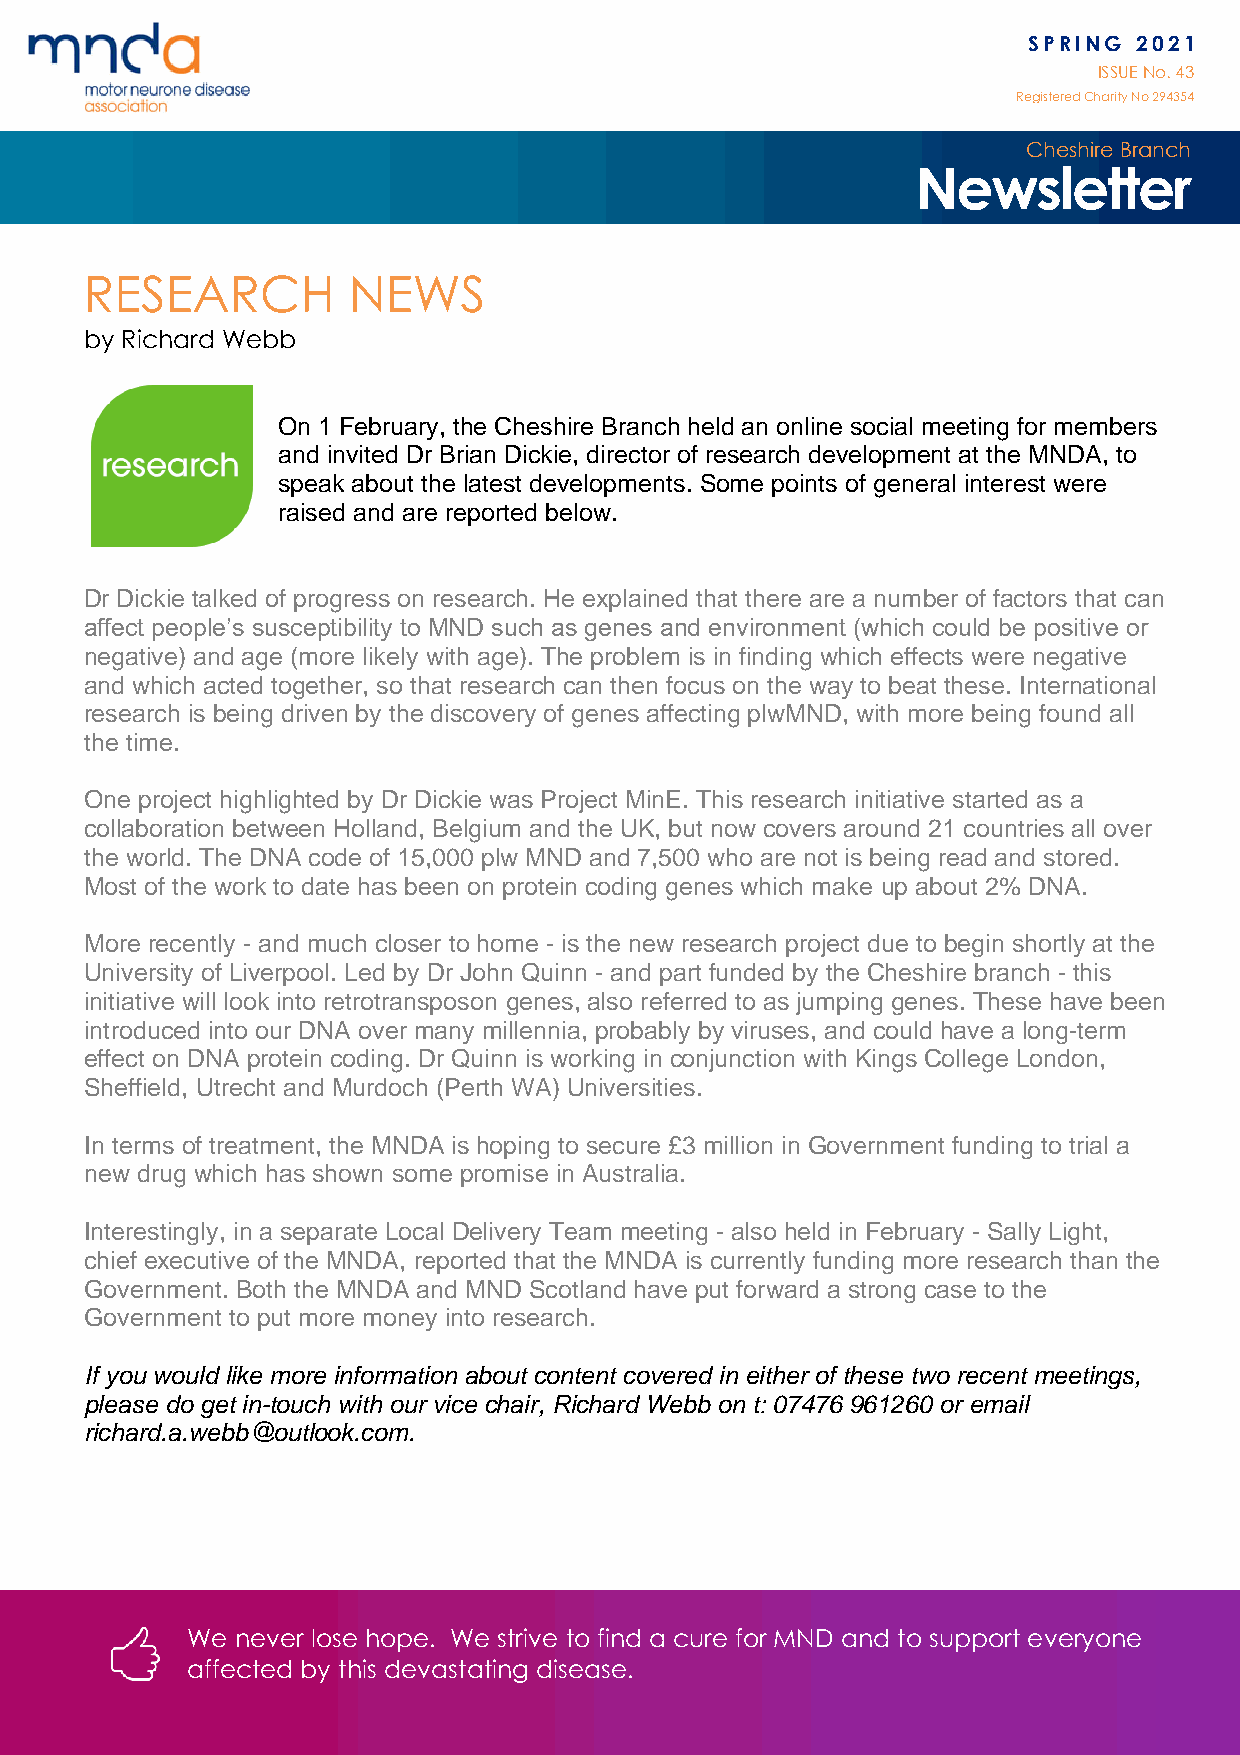
SPRING 2021
 ISSUE No. 43
 Registered Charity No 294 354
 Cheshire Branch
 Newsletter
 RESEARCH         NEWS
 by Richard Webb
 On 1 February, the Cheshire Branch held an online social meeting for members
 and invited Dr Brian Dickie, director of research development at the MNDA, to
 speak about the latest developments. Some points of general interest were
 raised and are reported below.
 Dr Dickie talked of progress on research. He explained that there are a number of factors that can
 affect people’s susceptibility to MND such as genes and environment (which could be positive or
 negative) and age (more likely with age). The problem is in finding which effects were negative
 and which acted together, so that research can then focus on the way to beat these. International
 research is being driven by the discovery of genes affecting plwMND, with more being found all
 the time.
 One project highlighted by Dr Dickie was Project MinE. This research initiative started as a
 collaboration between Holland, Belgium and the UK, but now covers around 21 countries all over
 the world. The DNA code of 15,000 plw MND and 7,500 who are not is being read and stored.
 Most of the work to date has been on protein coding genes which make up about 2% DNA.
 More recently - and much closer to home - is the new research project due to begin shortly at the
 University of Liverpool. Led by Dr John Quinn - and part funded by the Cheshire branch - this
 initiative will look into retrotransposon genes, also referred to as jumping genes. These have been
 introduced into our DNA over many millennia, probably by viruses, and could have a long-term
 effect on DNA protein coding. Dr Quinn is working in conjunction with Kings College London,
 Sheffield, Utrecht and Murdoch (Perth WA) Universities.
 In terms of treatment, the MNDA is hoping to secure £3 million in Government funding to trial a
 new drug which has shown some promise in Australia.
 Interestingly, in a separate Local Delivery Team meeting - also held in February - Sally Light,
 chief executive of the MNDA, reported that the MNDA is currently funding more research than the
 Government. Both the MNDA and MND Scotland have put forward a strong case to the
 Government to put more money into research.
 If you would like more information about content covered in either of these two recent meetings,
 please do get in-touch with our vice chair, Richard Webb on t: 07476 961260 or email
 richard.a.webb@outlook.com.
 We  never lose hope. We strive to find a cure for MND and to support everyone
 affected by this devastating disease.